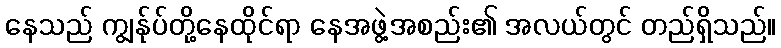
နေသည် ကျွန်ုပ်တို့နေထိုင်ရာ နေအဖွဲ့အစည်း၏ အလယ်တွင် တည်ရှိသည်။